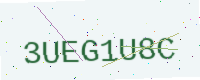
Text: 3UEG1U8C